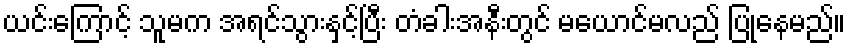
ယင်းကြောင့် သူမက အရင်သွားနှင့်ပြီး တံခါးအနီးတွင် မယောင်မလည် ပြုနေမည်။